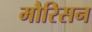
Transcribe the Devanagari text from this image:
मौरिसन